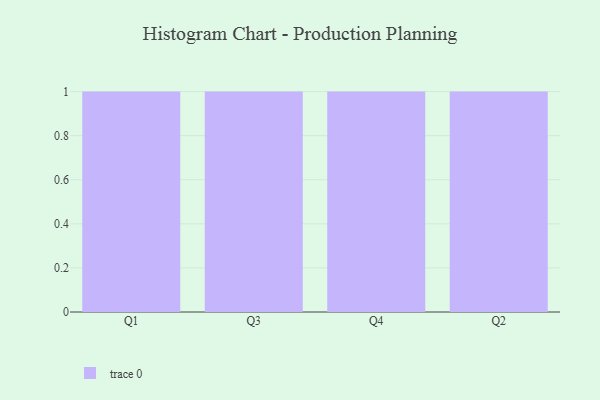
{"axis": {"x": "Quarter", "y": "Energy Usage (MWh)"}, "legend": [""], "data": [{"x": "Q1", "y": 55, "type": ""}, {"x": "Q3", "y": 71, "type": ""}, {"x": "Q4", "y": 29, "type": ""}, {"x": "Q2", "y": 61, "type": ""}]}